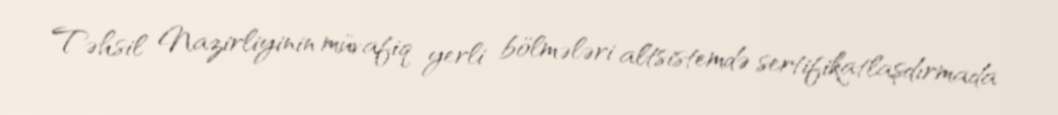
Təhsil Nazirliyinin müvafiq yerli bölmələri altsistemdə sertifikatlaşdırmada